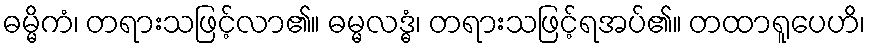
ဓမ္မိကံ၊ တရားသဖြင့်လာ၏။ ဓမ္မလဒ္ဓံ၊ တရားသဖြင့်ရအပ်၏။ တထာရူပေဟိ၊